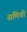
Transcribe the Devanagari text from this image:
समिची